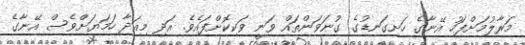
މަރާލުމަށްފަހު އޭނާގެ ހަށިގަނޑުގެ ގުނަވަންތައް ވަނީ ވަކިކޮށްފައެވެ. އަދި މިއަދާ ހަމަޔަށްވެސް އޭނާގެ